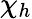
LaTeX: \chi_{h}